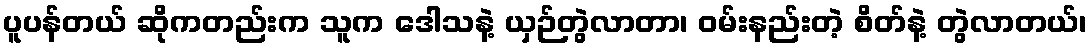
ပူပန်တယ် ဆိုကတည်းက သူက ဒေါသနဲ့ ယှဉ်တွဲလာတာ၊ ဝမ်းနည်းတဲ့ စိတ်နဲ့ တွဲလာတယ်၊